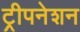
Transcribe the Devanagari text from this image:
ट्रीपनेशन